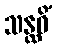
သန္ထဝိံ